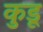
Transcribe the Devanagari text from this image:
कुडू